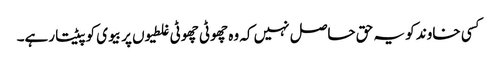
کسی خاوند کو یہ حق حاصل نہیں کہ وہ چھوٹی چھوٹی غلطیوں پر بیوی کو پیٹتا رہے۔